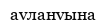
аулануына